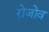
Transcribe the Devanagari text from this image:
रोजोव